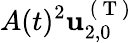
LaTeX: A(t)^{2}\mathbf{u}_{2,0}^{\mathrm{~(~T~)~}}